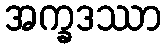
အက္ခဒဿာ